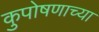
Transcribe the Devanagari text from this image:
कुपोषणाच्या